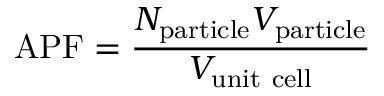
\mathrm { A P F } = { \frac { N _ { \mathrm { p a r t i c l e } } V _ { \mathrm { p a r t i c l e } } } { V _ { \mathrm { u n i t ~ c e l l } } } }